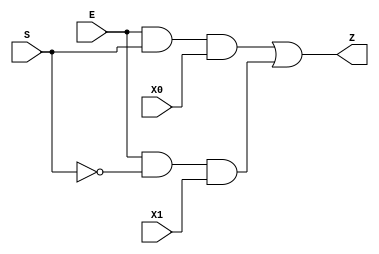
`timescale 1ns / 1ps
//////////////////////////////////////////////////////////////////////////////////
// Module Name: Mux1bit_2to1
// ECE425L LAB #2
// Purpose: Develope a Verilog structural model for a 1bit 2-to-1 MUX and a 3-to-8
//          decoder includeing ENABLE signals. Develop a testbench, perofrm a waveform
//          simulation, and demonstrate the output to the Instructor.

// Variables:
//          E : Enable Input
//          S : Selecting Input
//          X1 X0 : X0 is first 1-bit input
//                  X1 is second 1-bit input
//          Z : 1-bit selected output

//////////////////////////////////////////////////////////////////////////////////

//                   Enable,Select,Input1,Input0,Output
module Mux1bit_2to1(E     ,   S  , X0   , X1   , Z);
    input E, S;
    input X1;
    input X0;
    output Z;
    // INtermediate gate outputs     
    wire Snot; 
    wire A1;
    wire A2; 
    
    // Structural model for 2-to-1 MUX
    // Intermediate gates
    not n1 (Snot,S);
    and a1 (A1,E,S,X0);
    and a2 (A2,E,Snot,X1);
    // Output
    or  o1 (Z, A1, A2);
    
    
    
endmodule